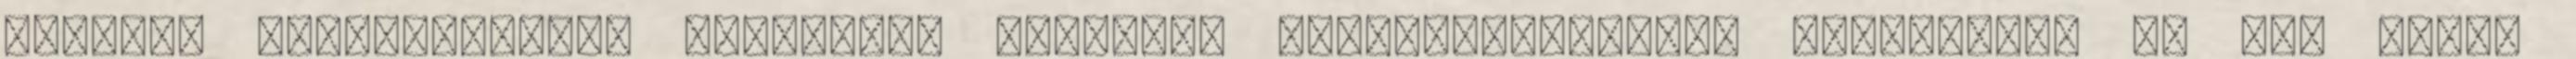
üzletbe Vízelőkészítő díszhalak számára. Ichthyophthirius multifilis és más édes-